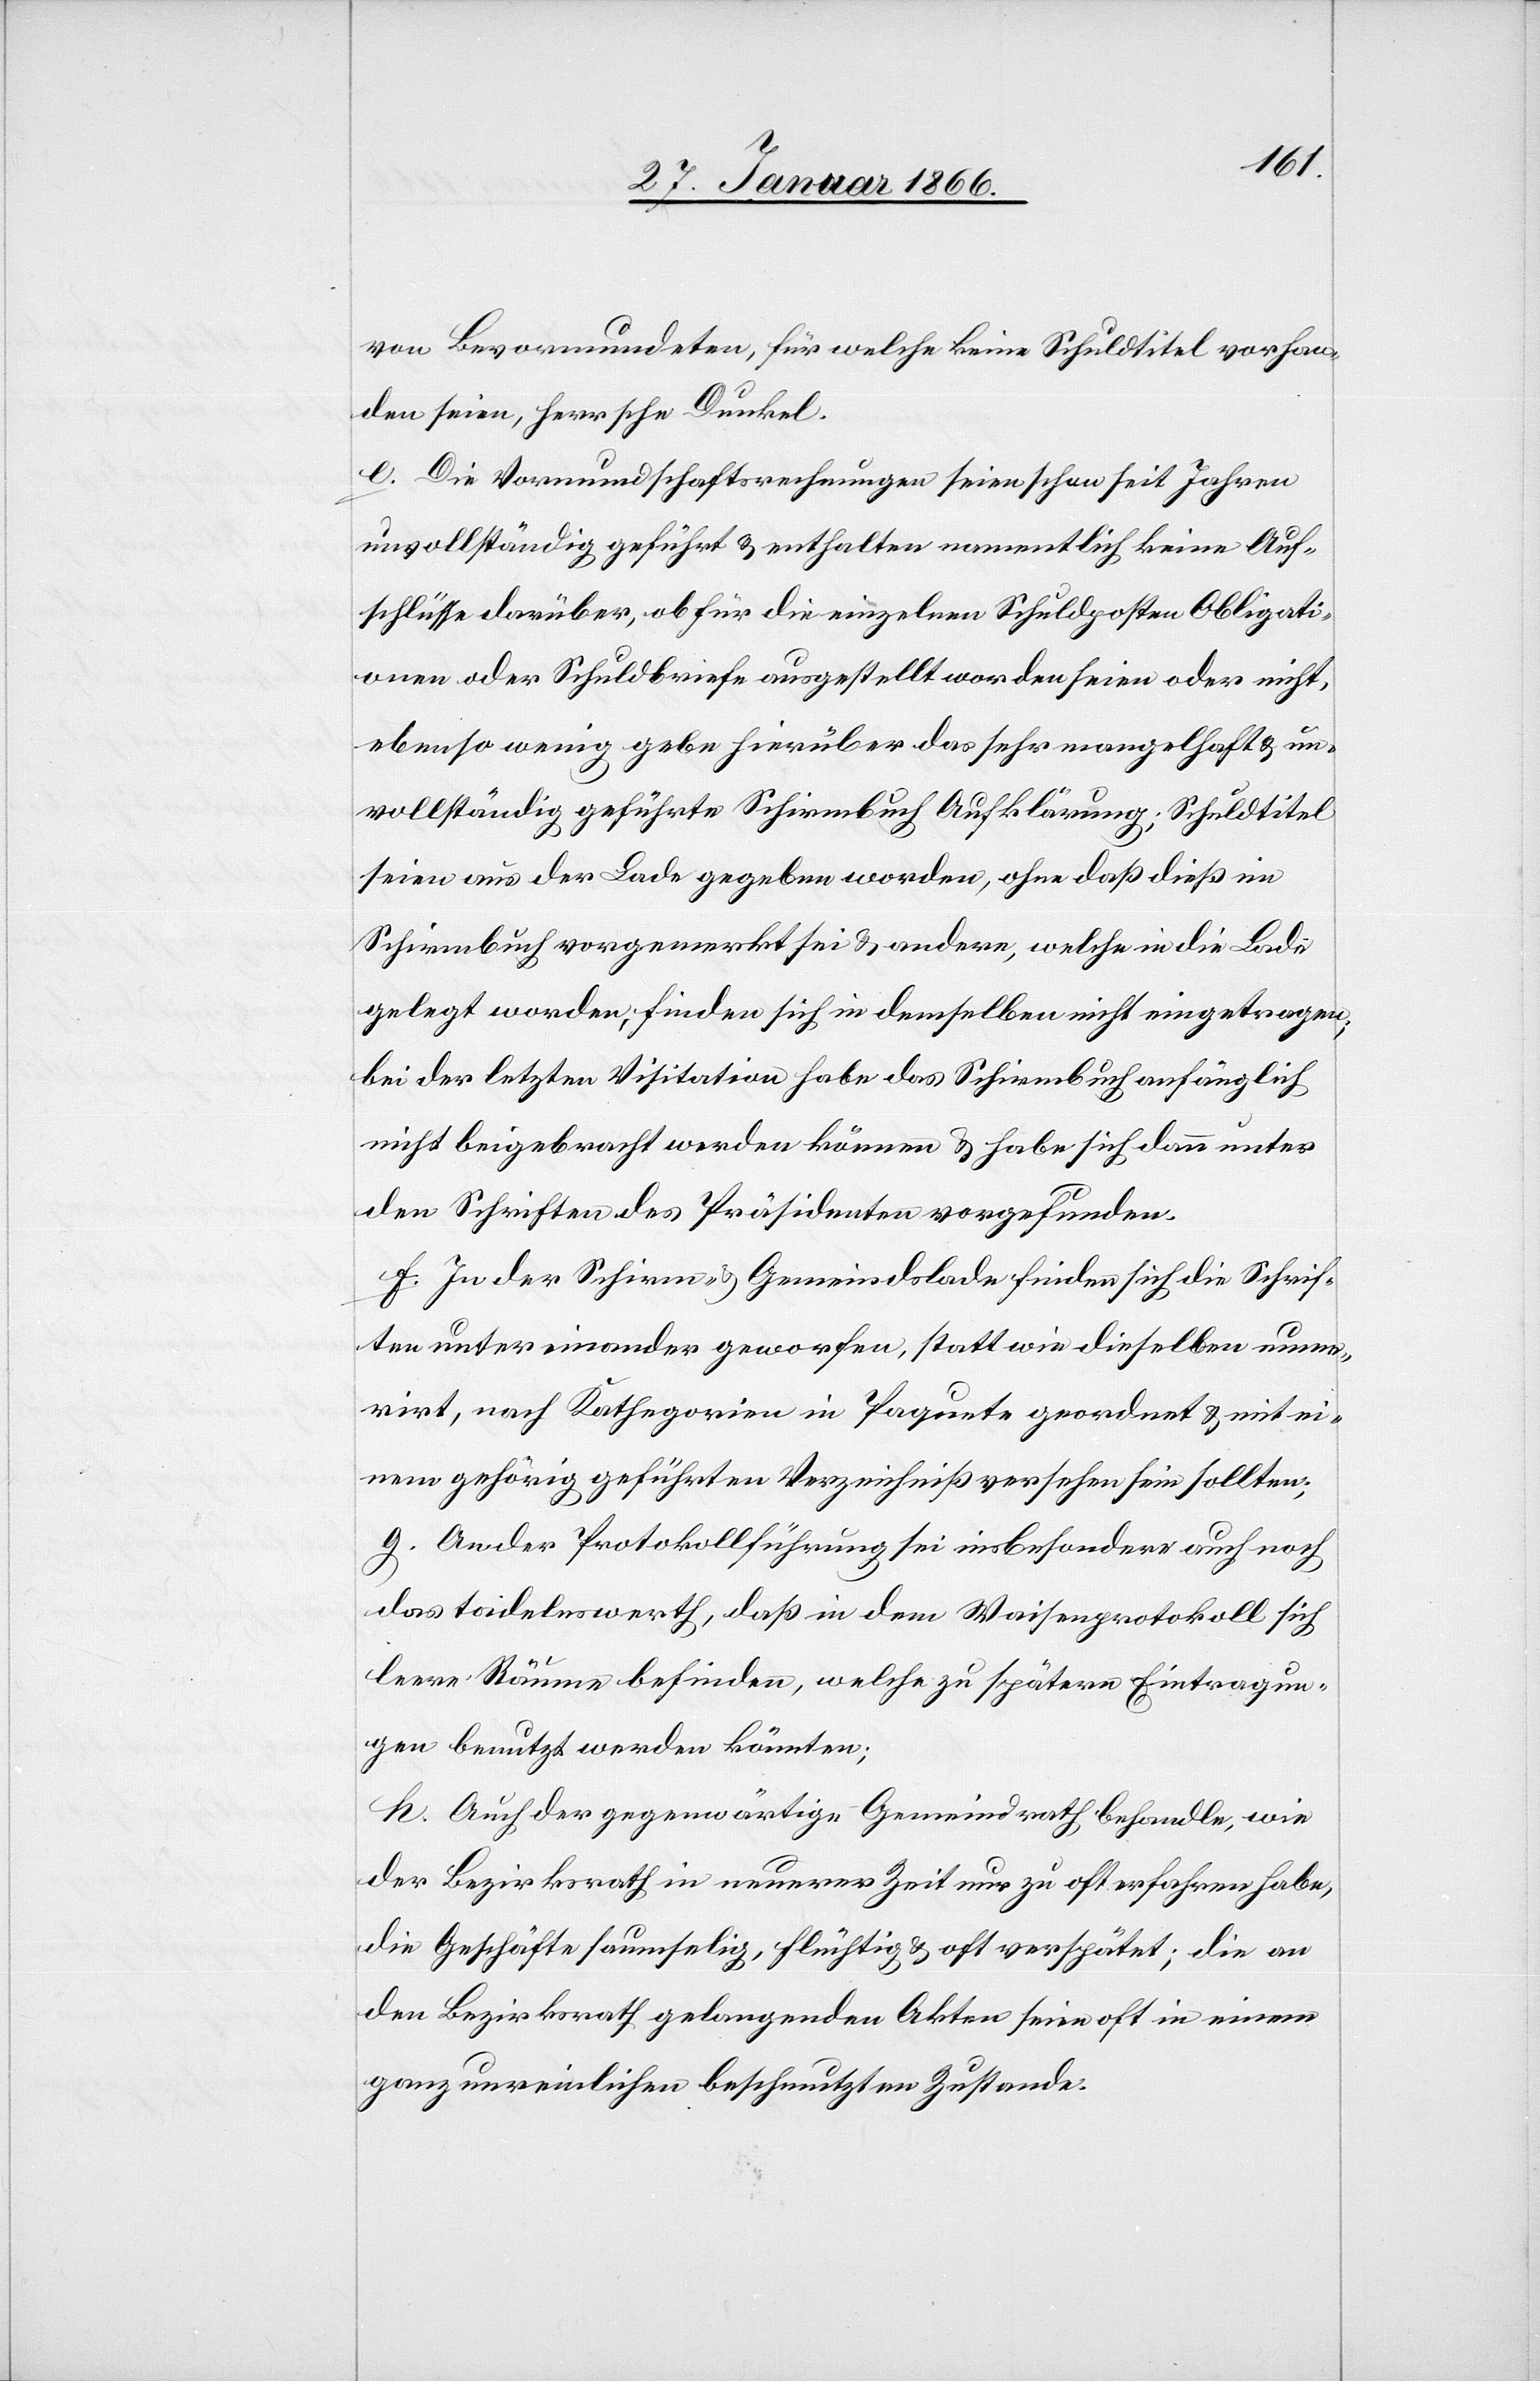
von Bevormundeten, für welche keine Schuldtitel vorhan¬
den seien, herrsche Dunkel.
e. Die Vormundschaftsrechnungen seien schon seit Jahren
unvollständig geführt u. enthalten namentlich keine Auf¬
schlüsse darüber, ob für die einzelnen Schuldposten Obligati¬
onen oder Schuldbriefe ausgestellt worden seien oder nicht,
ebenso wenig gebe hierüber das sehr mangelhaft u. un¬
vollständig geführte Schirmbuch Aufklärung; Schuldtitel
seien aus der Lade gegeben worden, ohne daß dieß im
Schirmbrief vorgemerkt sei u. andere, welche in die Lade
gelegt worden, finden sich in demselben nicht eingetragen;
bei der letzten Visitation habe das Schirmbuch anfänglich
nicht beigebracht werden können u. habe sich dann unter
den Schriften des Präsidenten vorgefunden.
f. In der Schirm- u. Gemeindslade finden sich die Schrif¬
ten untereinander geworfen, statt wie dieselben nume¬
rirt, nach Kathegorien in Paquete geordnet u. mit ei¬
nem gehörig geführten Verzeichniß versehen sein sollten;
g. An der Protokollführung sei insbesondere auch noch
das tadelnswerth, daß in dem Weisungsprotokoll sich
leere Räume befinden, welche zu spätern Eintragun¬
gen benutzt werden könnten;
h. Auch der gegenwärtige Gemeindrath behandle, wie
der Bezirksrath in neuerer Zeit nur zu oft erfahren habe,
die Geschäfte saumselig, flüchtig u. oft verspätet; die an
den Bezirksrath gelangenden Akten seien oft in einem
ganz unreinlichen beschmutzten Zustande.